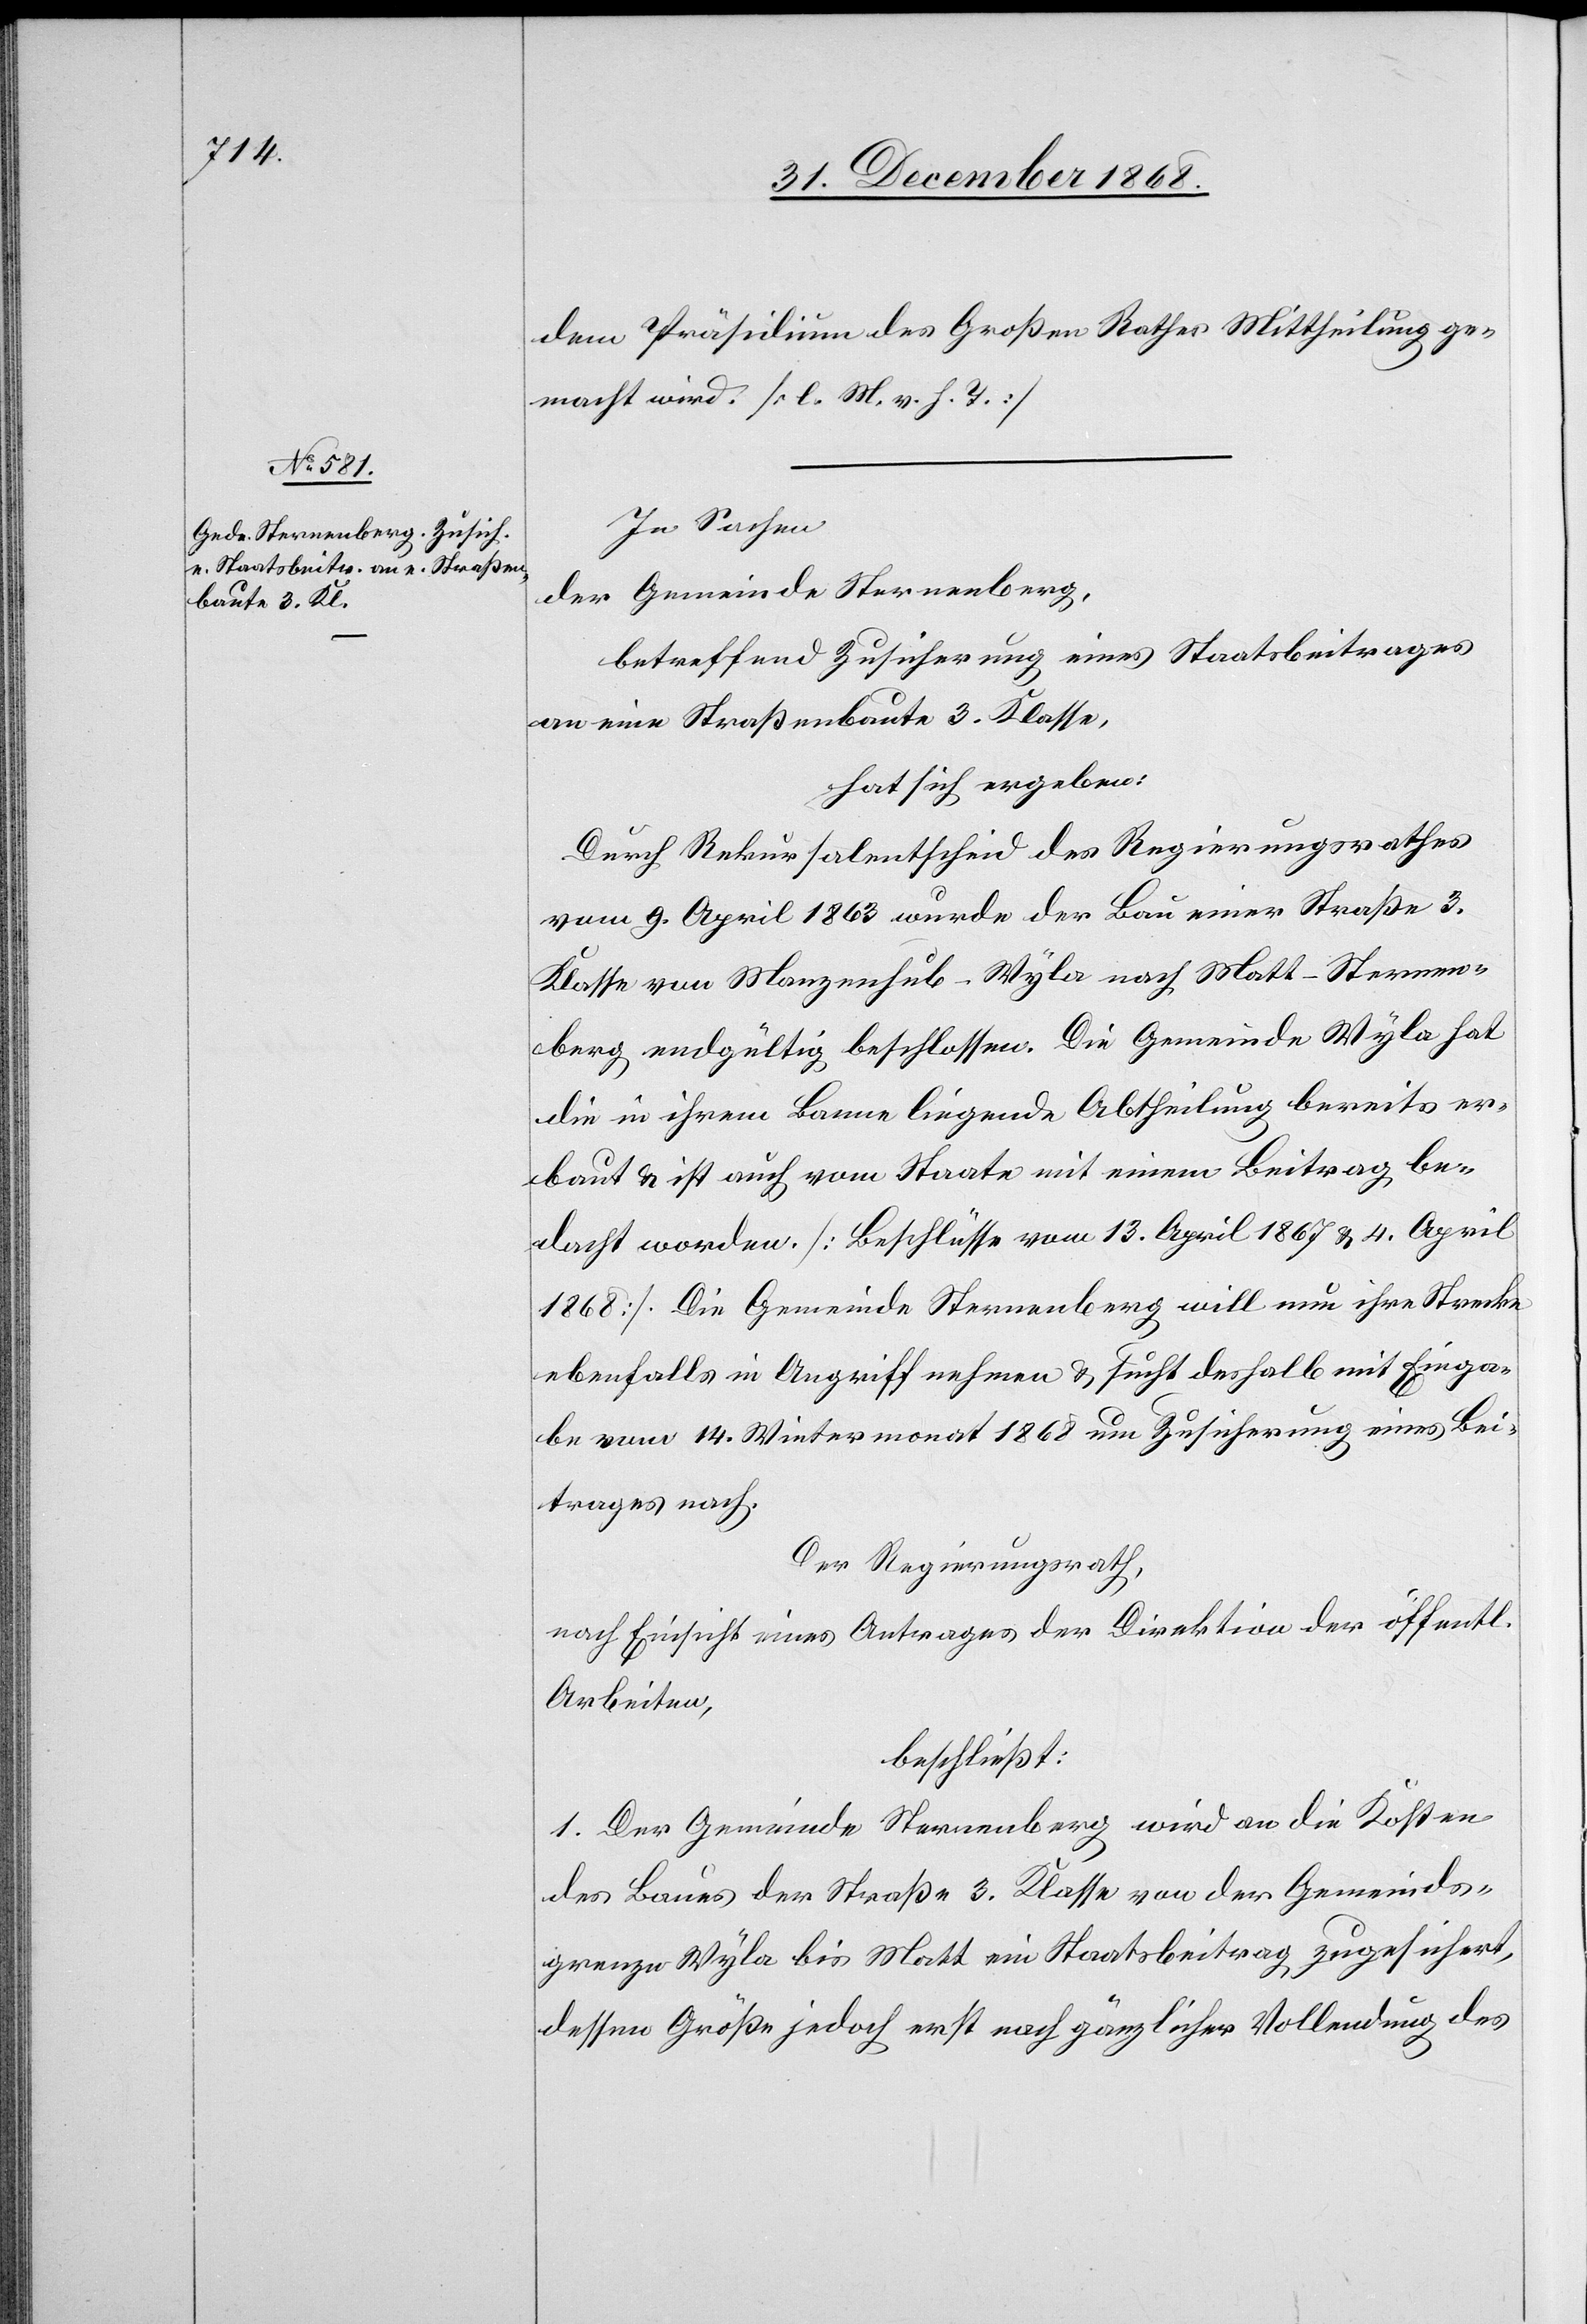
dem Präsidium des Großen Rathes Mittheilung ge¬
macht wird. [l. M. v. h. T.]
In Sachen
der Gemeinde Sternenberg,
betreffend Zusicherung eines Staatsbeitrages
an eine Straßenbaute 3. Klasse,
hat sich ergeben:
Durch Rekursalentscheid des Regierungsrathes
vom 9. April 1863 wurde der Bau einer Straße 3.
Klasse von Manzenhub - Wyla nach Matt - Sternen¬
berg endgültig beschlossen. Die Gemeinde Wyla hat
die in ihrem Banne liegende Abtheilung bereits er¬
baut & ist auch vom Staate mit einem Beitrag be¬
dacht worden. [Beschlüsse vom 13. April 1867 & 4. April
1868]. Die Gemeinde Sternenberg will nun ihre Strecke
ebenfalls in Angriff nehmen & sucht deshalb mit Einga¬
be vom 14. Wintermonat 1868 um Zusicherung eines Bei¬
trages nach.
Der Regierungsrath,
nach Einsicht eines Antrages der Direktion der öffentl.
Arbeiten,
beschließt:
1. Der Gemeinde Sternenberg wird an die Kosten
des Baues der Straße 3. Klasse von der Gemeinds¬
grenze Wyla bis Matt ein Staatsbeitrag zugesichert,
dessen Größe jedoch erst nach gänzlicher Vollendung des